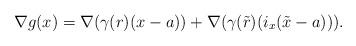
LaTeX: \begin{align*} \nabla g(x) = \nabla (\gamma(r)(x-a)) + \nabla (\gamma(\tilde{r})(i_x(\tilde{x}-a))). \end{align*}